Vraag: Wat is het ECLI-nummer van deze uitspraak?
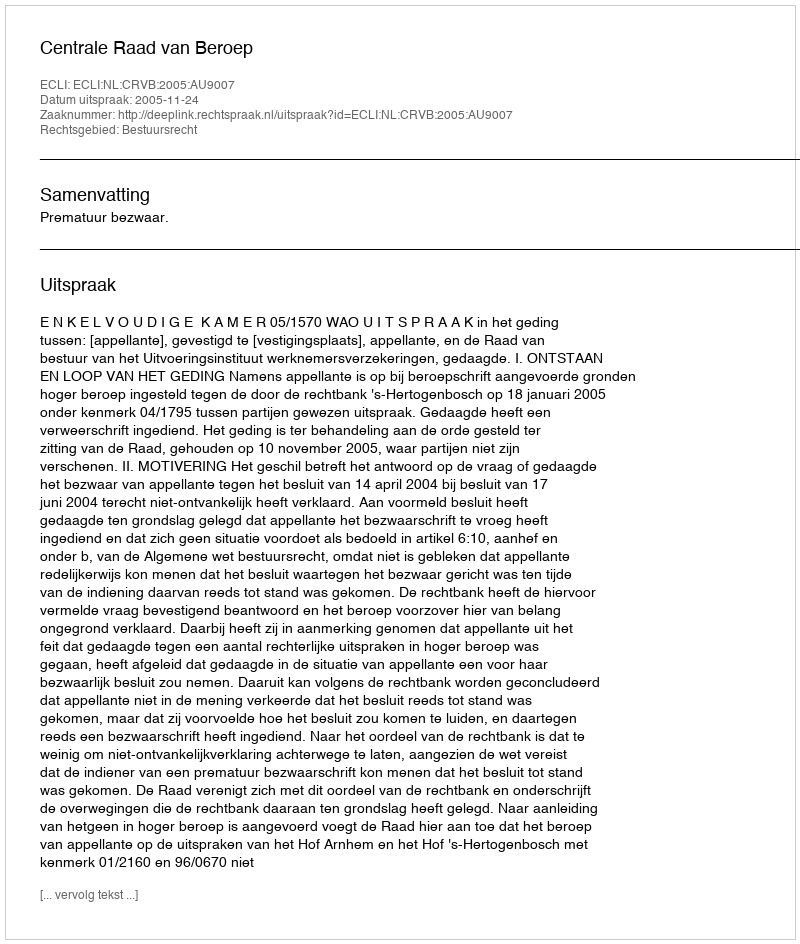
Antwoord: ECLI:NL:CRVB:2005:AU9007